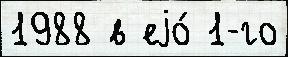
1988 в еjо́ 1-го